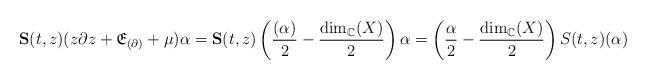
LaTeX: \begin{align*} \textbf{S}(t,z)(z\partial z + \mathfrak{E}_{(\partial)} + \mu)\alpha = \textbf{S}(t,z) \left( \frac{(\alpha)}{2}-\frac{\textnormal{dim}_\mathbb{C}(X)}{2} \right) \alpha =\left( \frac{\alpha}{2}-\frac{\textnormal{dim}_\mathbb{C}(X)}{2} \right) S(t,z) (\alpha) \end{align*}